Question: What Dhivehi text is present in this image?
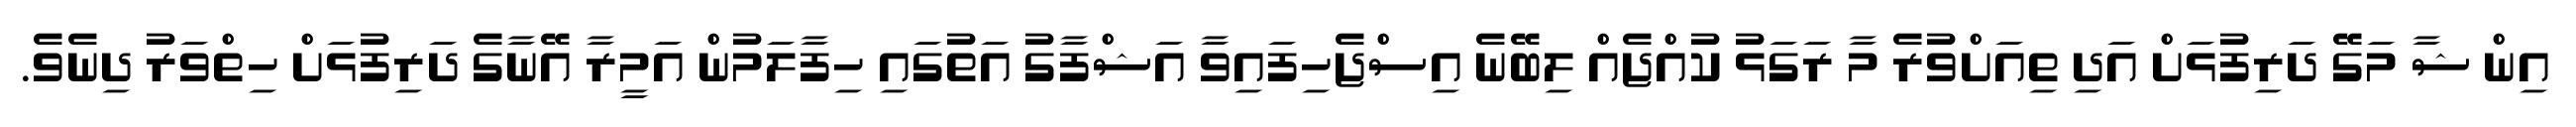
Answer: އިން ޝާ މަގޭ ދަރިފުޅަށް އަދި ތިއަށްވުރެ މާ ރަގަޅު ކުއްޖެއް ލިބޭނެ އިސްޖެހިފައިވާ އަޝްފާގު އަތުގައި ހިފާލަމުން އަމީރާ އޭނާގެ ދަރިފުޅަށް ހިތްވަރު ދިނެވެ.